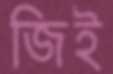
জিই